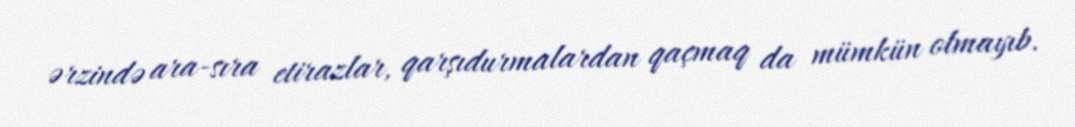
ərzində ara-sıra etirazlar, qarşıdurmalardan qaçmaq da mümkün olmayıb.